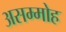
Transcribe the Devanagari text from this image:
असम्मोह